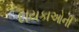
દાયકાઓની